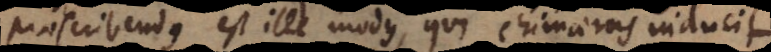
praescribendus est ille modus, qui chimaeras inducit